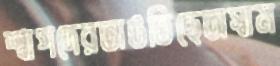
শ্বাপদেরভাঙতিছেঅস্বাম